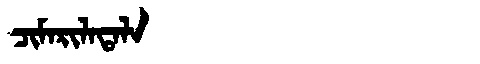
Manchu: ᠴᡳᠮᠠᡵᡳᠯᠠᡨᠠᠯᠠ
Romanization: CIMARILATALA